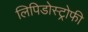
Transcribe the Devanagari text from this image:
लिपिडोस्ट्रोफी